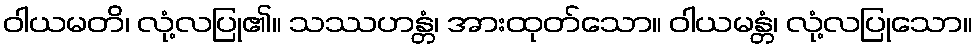
ဝါယမတိ၊ လုံ့လပြု၏။ သဿဟန္တံ၊ အားထုတ်သော။ ဝါယမန္တံ၊ လုံ့လပြုသော။